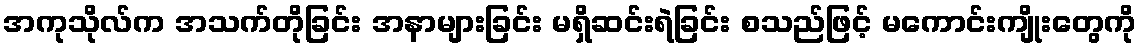
အကုသိုလ်က အသက်တိုခြင်း အနာများခြင်း မရှိဆင်းရဲခြင်း စသည်ဖြင့် မကောင်းကျိုးတွေကို